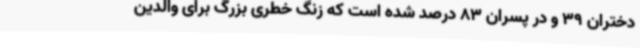
دختران 39 و در پسران 83‌ درصد شده است که زنگ خطری بزرگ برای والدین